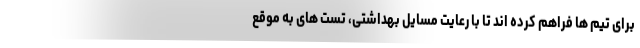
برای تیم ها فراهم کرده اند تا با رعایت مسایل بهداشتی، تست های به موقع